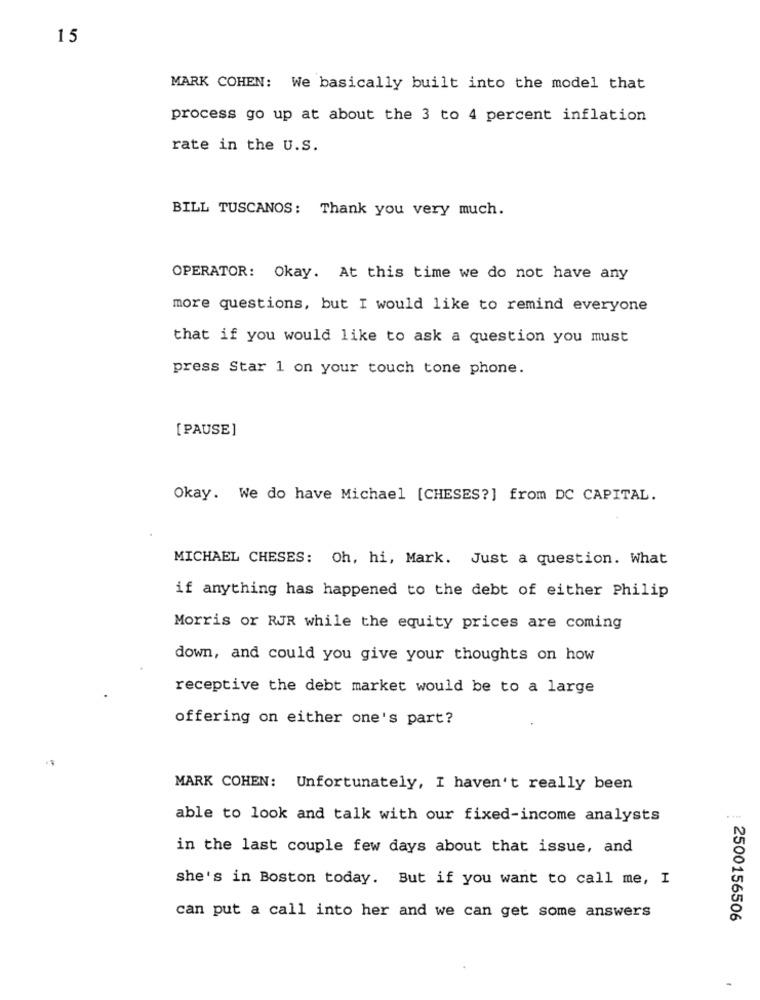
15
MARK COHEN: We basically built into the model that
process go up at about the 3 to 4 percent inflation
rate in the U.S.
BILL TUSCANOS: Thank you very much.
OPERATOR: Okay. At this time we do not have any
more questions, but I would like to remind everyone
that if you would like to ask a question you must
press Star 1 on your touch tone phone.
[ PAUSE]
Okay. We do have Michael [CHESES?] from DC CAPITAL.
MICHAEL CHESES: Oh, hi, Mark. Just a question. What
if anything has happened to the debt of either Philip
Morris or RJR while the equity prices are coming
down, and could you give your thoughts on how
receptive the debt market would be to a large
offering on either one's part?
MARK COHEN: Unfortunately, I haven't really been
able to look and talk with our fixed-income analysts
in the last couple few days about that issue, and
she's in Boston today. But if you want to call me, I
can put a call into her and we can get some answers
2500156506